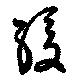
緩